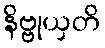
နိဗ္ဗုယှတိ